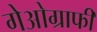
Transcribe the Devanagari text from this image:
गेओग्राफी